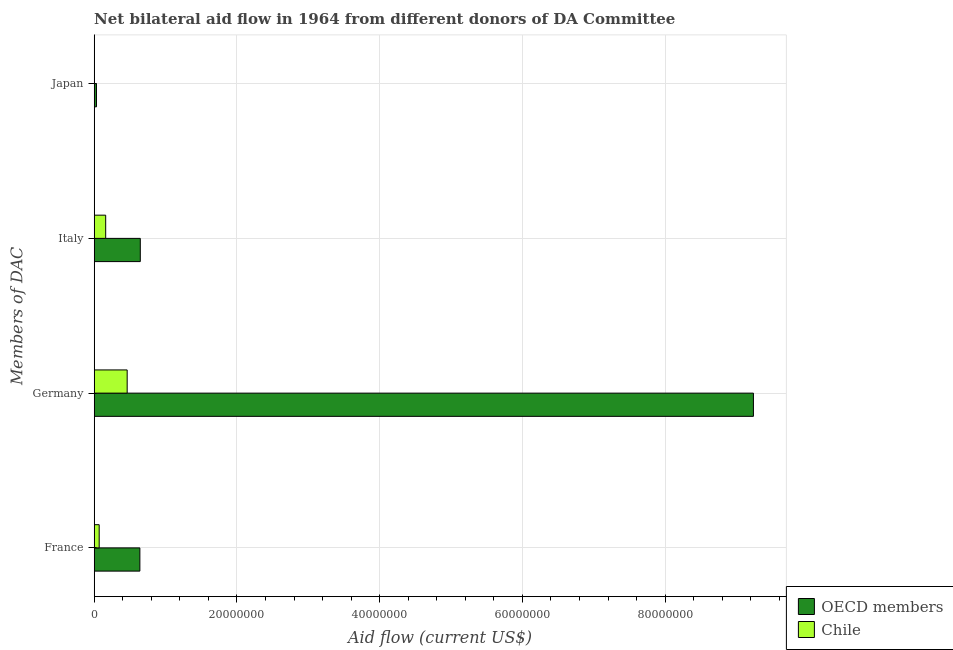
| Members of DAC | OECD members | Chile |
 | --- | --- | --- |
 | France | 6.4e+06 | 7e+05 |
 | Germany | 9.24e+07 | 4.62e+06 |
 | Italy | 6.46e+06 | 1.61e+06 |
 | Japan | 3.2e+05 | 4e+04 |